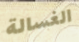
الغسالة